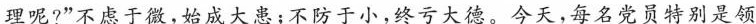
理呢?”不虑于微，始成大患；不防于小，终亏大德。今天，每名党员特别是领